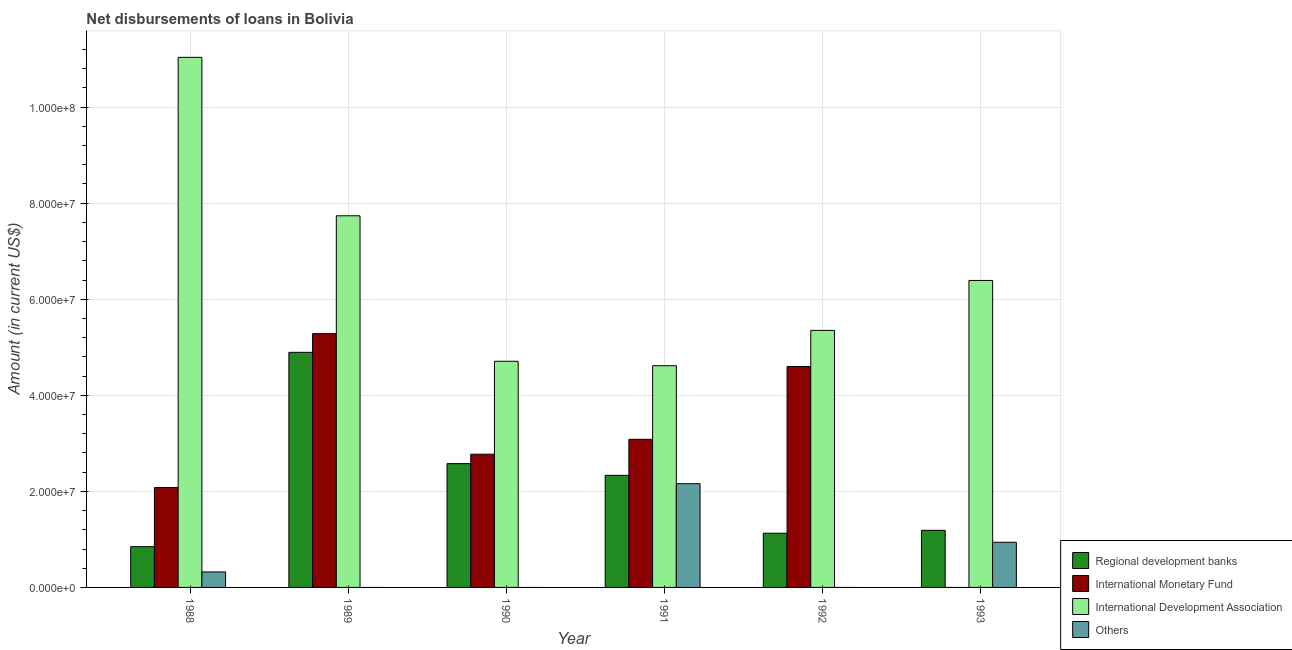
| Year | Regional development banks | International Monetary Fund | International Development Association | Others |
 | --- | --- | --- | --- | --- |
 | 1988 | 8.49e+06 | 2.08e+07 | 1.1e+08 | 3.22e+06 |
 | 1989 | 4.9e+07 | 5.28e+07 | 7.74e+07 | -4.73e+06 |
 | 1990 | 2.58e+07 | 2.77e+07 | 4.71e+07 | -6.14e+06 |
 | 1991 | 2.33e+07 | 3.08e+07 | 4.62e+07 | 2.16e+07 |
 | 1992 | 1.13e+07 | 4.6e+07 | 5.35e+07 | -5.62e+06 |
 | 1993 | 1.19e+07 | -5.07e+06 | 6.39e+07 | 9.4e+06 |